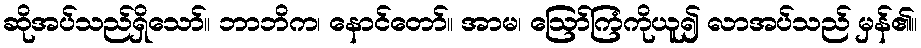
ဆိုအပ်သည်ရှိသော်။ ဘာဘိက၊ နောင်တော်။ အာမ၊ ဩော်ကြံကိုယူ၍ လာအပ်သည် မှန်၏။